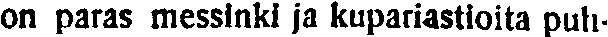
on paras messinki ja kupariastioita puh-